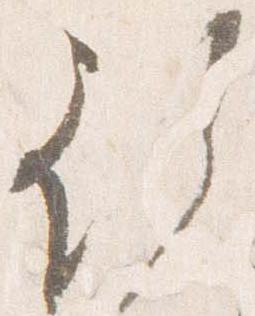
行